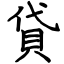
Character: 貸